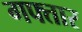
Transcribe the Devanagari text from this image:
गफ्तार